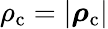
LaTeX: \rho_{\mathrm{c}}=|\boldsymbol{\mathbf{\rho}}_{\mathrm{c}}|